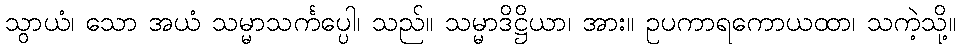
သွာယံ၊ သော အယံ သမ္မာသင်္ကပ္ပေါ၊ သည်။ သမ္မာဒိဋ္ဌိယာ၊ အား။ ဥပကာရကောယထာ၊ သကဲ့သို့။